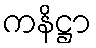
ကနိဋ္ဌာ